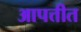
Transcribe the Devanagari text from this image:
आपत्तीत